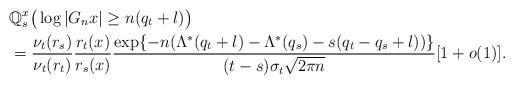
LaTeX: \begin{align*} & \mathbb Q_s^x \big( \log|G_n x| \geq n( q_t+l ) \big) \\& = \frac{ \nu_t(r_s) }{ \nu_t(r_t) } \frac{ r_{t}(x) }{ r_{s}(x) } \frac{ \exp \{ -n(\Lambda^*(q_t + l) - \Lambda^*(q_s) - s(q_t -q_s +l)) \} } {(t -s)\sigma_{t} \sqrt{2\pi n}} [ 1 + o(1)].\end{align*}